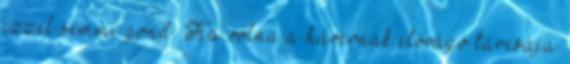
ezzel semmi gond. Ha volna a havernak elővágó tárcsája